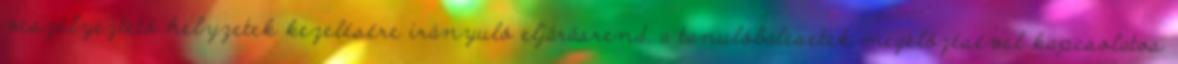
veszélyeztető helyzetek kezelésére irányuló eljárásrend, a tanulóbalesetek megelőzésével kapcsolatos